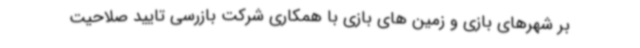
بر شهرهای بازی و زمین های بازی با همکاری شرکت بازرسی تایید صلاحیت